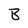
Character: B